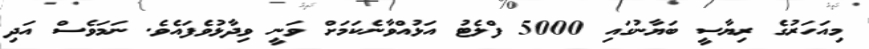
މިއަހަރުގެ ރިޔާސީ ބަޔާނުގައި 5000 ފްލެޓު އަޅުއްވާނެކަމަަށް ވަނީ ވިދާޅުވެފައެވެ. ނަމަވެސް އަދި